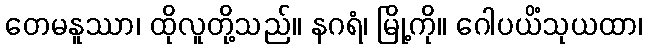
တေမနူဿာ၊ ထိုလူတို့သည်။ နဂရံ၊ မြို့ကို။ ဂေါပယိံသုယထာ၊